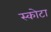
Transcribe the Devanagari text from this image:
स्कोटा